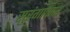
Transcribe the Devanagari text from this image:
सुरंगाकार